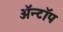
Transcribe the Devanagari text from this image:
ॲन्टॉप